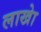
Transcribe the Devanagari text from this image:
लाखेा